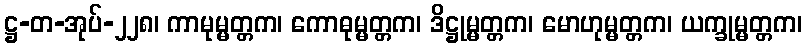
ဋ္ဌ-တ-အုပ်-၂၂၈၊ ကာမုမ္မတ္တက၊ ကောဓုမ္မတ္တက၊ ဒိဋ္ဌုမ္မတ္တက၊ မောဟုမ္မတ္တက၊ ယက္ခုမ္မတ္တက၊